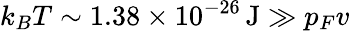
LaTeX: k_{B}T\sim 1.38\times 10^{-26}\, \mathrm{J}\gg p_{F}v